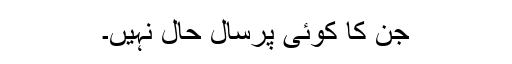
جن کا کوئی پرسال حال نہیں۔